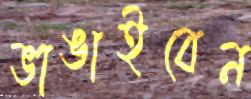
ভাঙাইবেন